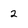
Character: 2